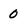
Character: 0